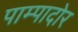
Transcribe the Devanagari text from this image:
पाम्पादोर